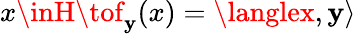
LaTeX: x\inH\tof_{\mathbf{y}}(x)=\langlex,\mathbf{y}\rangle